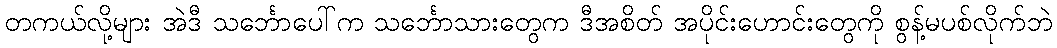
တကယ်လို့များ အဲဒီ သင်္ဘောပေါ်က သင်္ဘောသားတွေက ဒီအစိတ် အပိုင်းဟောင်းတွေကို စွန့်မပစ်လိုက်ဘဲ